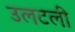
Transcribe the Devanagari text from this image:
उलटली